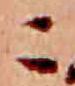
こ